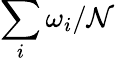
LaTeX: \sum_{i}\omega_{i}/\mathcal{N}